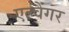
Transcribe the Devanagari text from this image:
एल्वैंगर